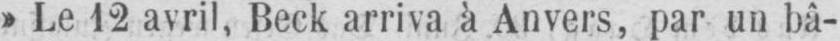
» Le 12 avril, Beck arriva à Anvers, par un bâ-